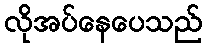
လိုအပ်နေပေသည်